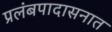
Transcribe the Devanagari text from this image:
प्रलंबपादासनात